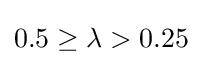
0.5\geq \lambda >0.25